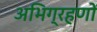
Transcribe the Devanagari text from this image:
अभिग्रहणों